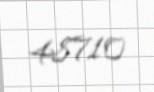
48710